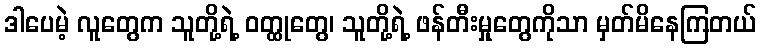
ဒါပေမဲ့ လူတွေက သူတို့ရဲ့ ဝတ္ထုတွေ၊ သူတို့ရဲ့ ဖန်တီးမှုတွေကိုသာ မှတ်မိနေကြတယ်